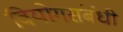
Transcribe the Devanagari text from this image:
वियोगसंबंधी